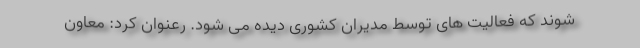
شوند که فعالیت های توسط مدیران کشوری دیده می شود. رعنوان کرد: معاون